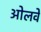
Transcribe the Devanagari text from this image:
ओलवे